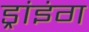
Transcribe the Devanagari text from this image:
ड्रांइंग